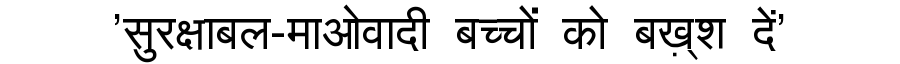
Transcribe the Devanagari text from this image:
'सुरक्षाबल-माओवादी बच्चों को बख़्श दें'